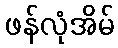
ဖန်လုံအိမ်